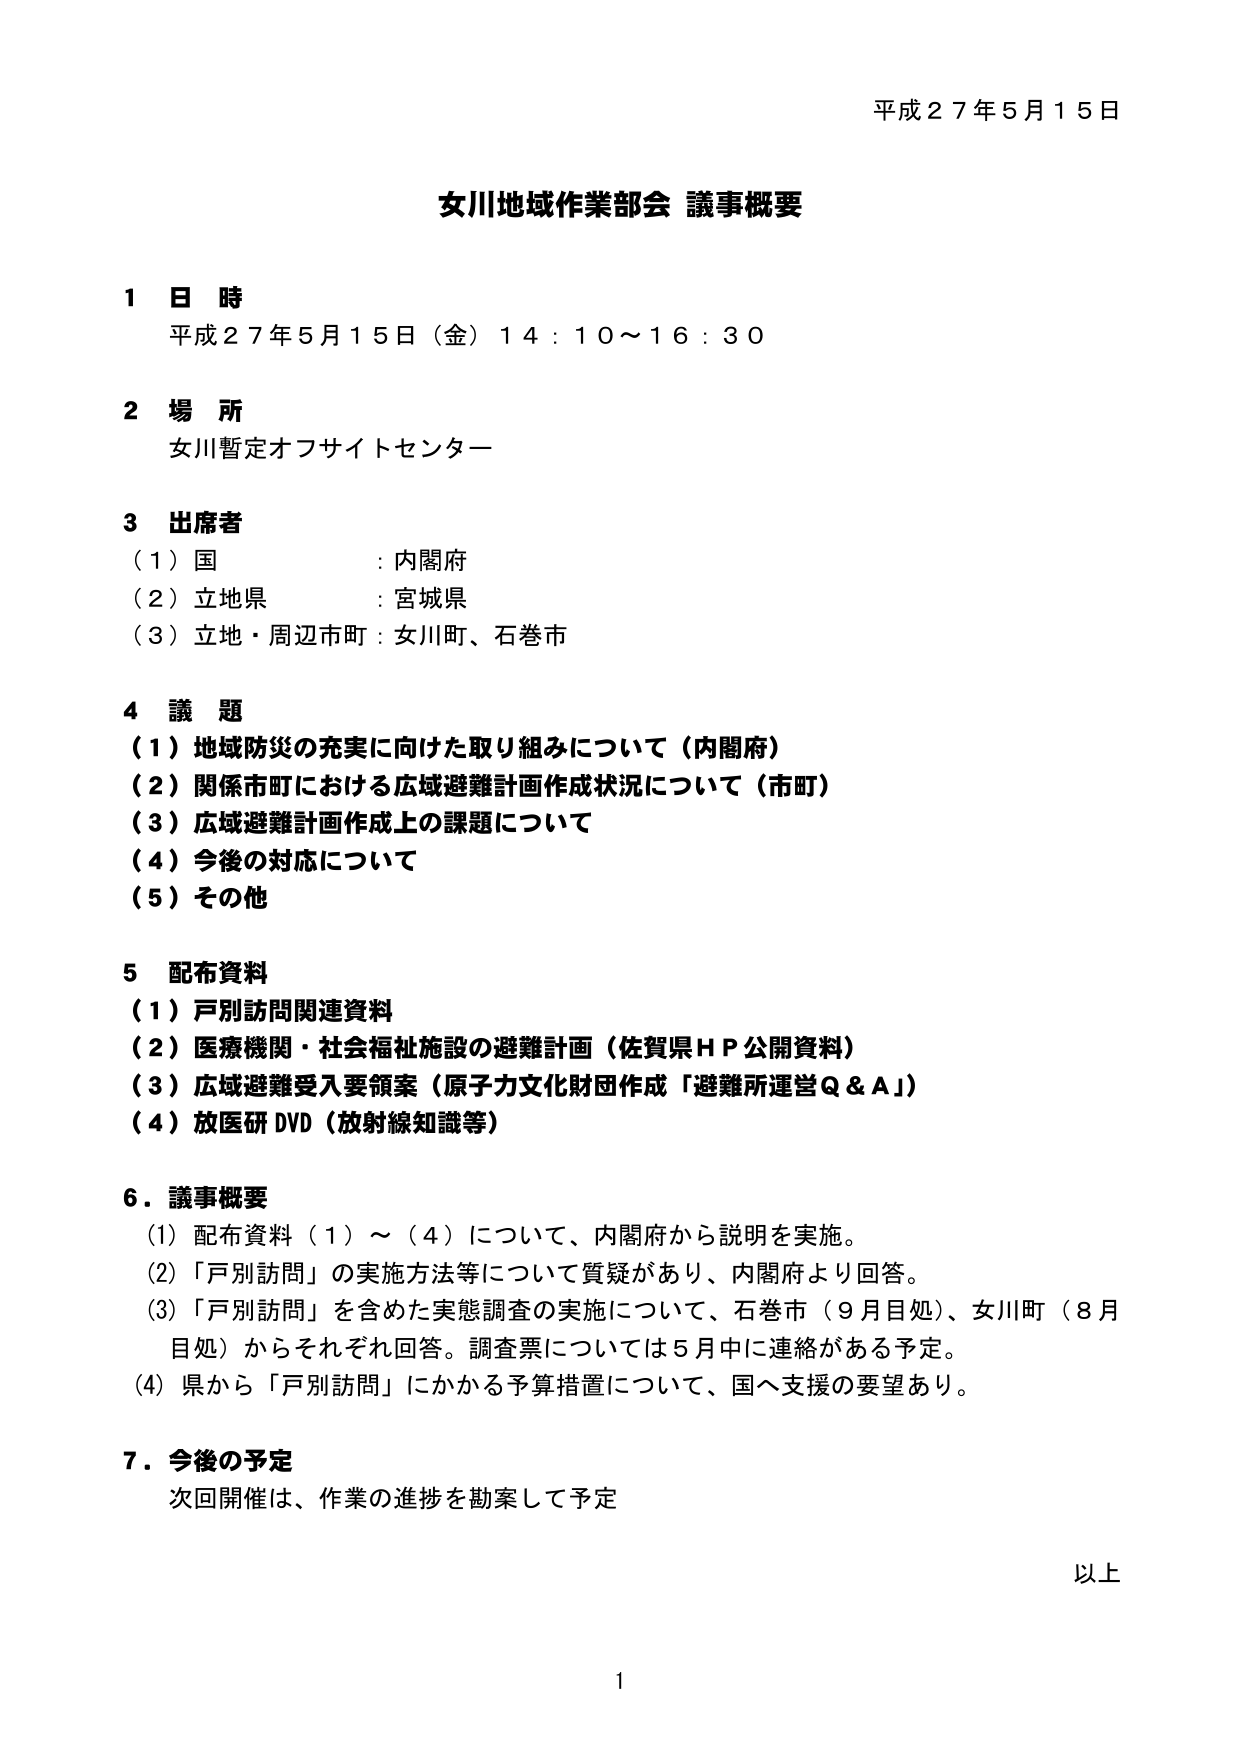
平成２７年５月１５日

女川地域作業部会 議事概要

１ 日 時
平成２７年５月１５日（金）１４：１０～１６：３０

２ 場 所
女川暫定オフサイトセンター

３ 出席者
（１）国 ：内閣府
（２）立地県 ：宮城県
（３）立地・周辺市町：女川町、石巻市

４ 議 題
（１）地域防災の充実に向けた取り組みについて（内閣府）
（２）関係市町における広域避難計画作成状況について（市町）
（３）広域避難計画作成上の課題について
（４）今後の対応について
（５）その他

５ 配布資料
（１）戸別訪問関連資料
（２）医療機関・社会福祉施設の避難計画（佐賀県ＨＰ公開資料）
（３）広域避難受入要領案（原子力文化財団作成「避難所運営Ｑ＆Ａ」）
（４）放医研ＤＶＤ（放射線知識等）

６．議事概要
（1）配布資料（1）～（4）について、内閣府から説明を実施。
（2）「戸別訪問」の実施方法等について質疑があり、内閣府より回答。
（3）「戸別訪問」を含めた実態調査の実施について、石巻市（9月目処）、女川町（8月目処）からそれぞれ回答。調査票については5月中に連絡がある予定。
（4）県から「戸別訪問」にかかる予算措置について、国へ支援の要望あり。

７．今後の予定
次回開催は、作業の進捗を勘案して予定

以上

1